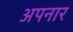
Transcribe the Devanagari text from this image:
अपनार